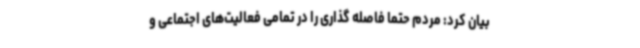
بیان کرد: مردم حتما فاصله گذاری را در تمامی فعالیت‌های اجتماعی و